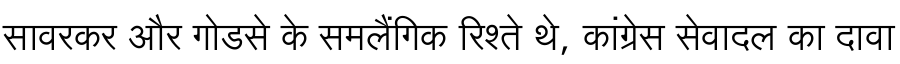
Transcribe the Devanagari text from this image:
सावरकर और गोडसे के समलैंगिक रिश्ते थे, कांग्रेस सेवादल का दावा